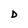
Character: D